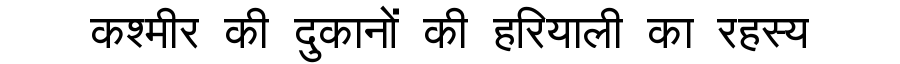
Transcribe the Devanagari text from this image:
कश्मीर की दुकानों की हरियाली का रहस्य